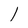
Character: l